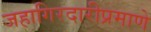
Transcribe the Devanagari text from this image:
जहागिरदारीप्रमाणे